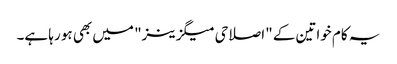
یہ کام خواتین کے "اصلاحی میگزینز" میں بھی ہو رہا ہے۔